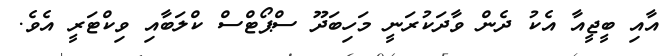
އާއި ބީޖީއާ އެކު ދެން ވާދަކުރަނީ މަހިބަދޫ ސްޕޯޓްސް ކްލަބާއި ވިކްޓަރީ އެވެ.